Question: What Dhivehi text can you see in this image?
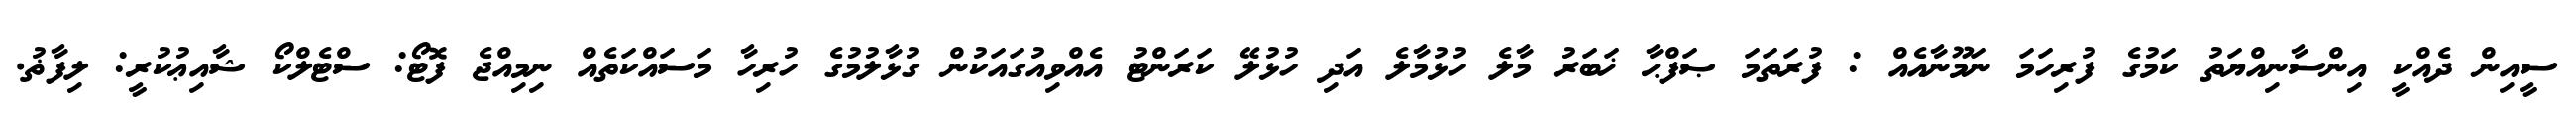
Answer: ސީއިން ދެއްކީ އިންސާނިއްޔަތު ކަމުގެ ފުރިހަމަ ނަމޫނާއެއް : ފުރަތަމަ ޞަފްޙާ ޚަބަރު މާލެ ހުޅުމާލެ އަދި ހުޅުލޭ ކަރަންޓު އެއްވިއުގައަކުން ގުޅާލުމުގެ ހުރިހާ މަސައްކަތެއް ނިމިއްޖެ ފޮޓޯ: ސްޓެލްކޯ ޝާއިޢުކުރީ: ލިފާޡު.